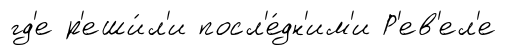
гд'е р'еши́л'и посл'е́дн'им'и Р'ев'ел'е